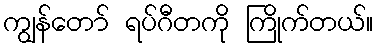
ကျွန်တော် ရပ်ဂီတကို ကြိုက်တယ်။